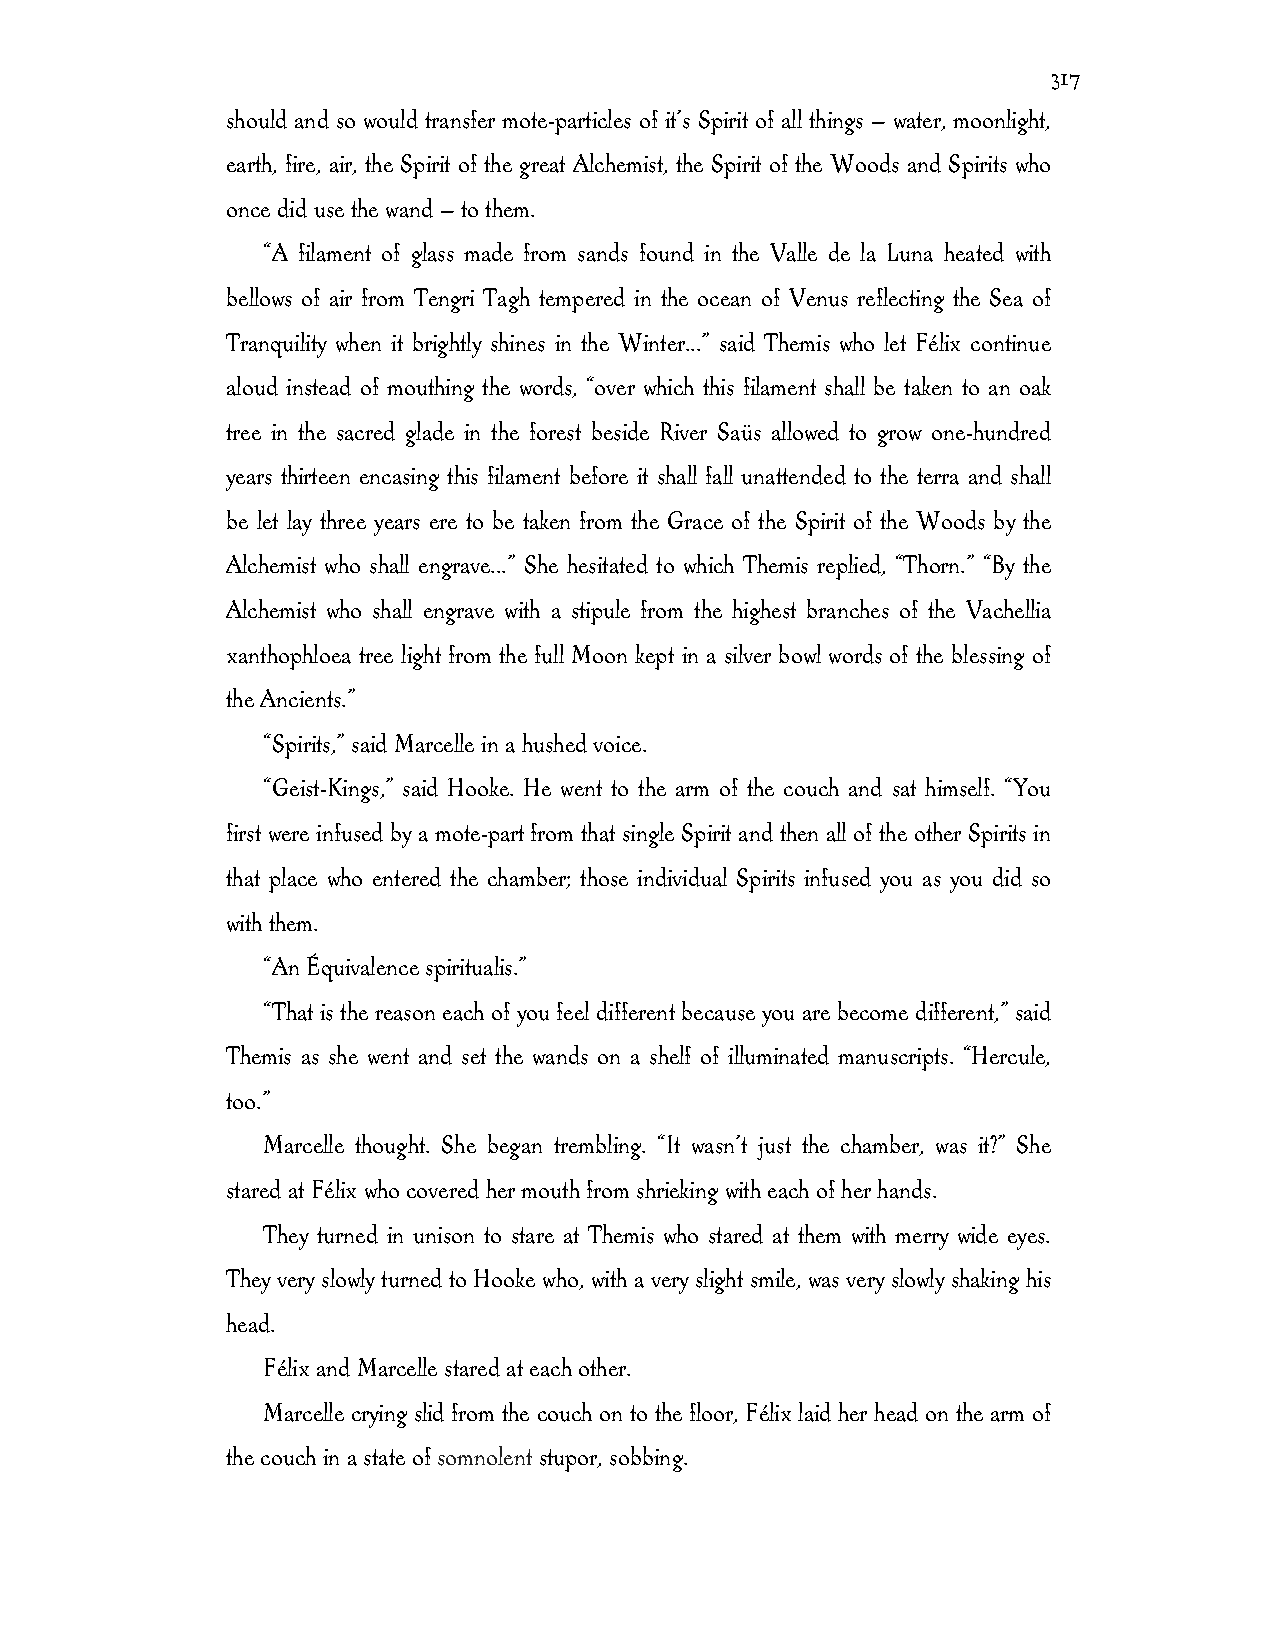
317
 should and so would transfer mote-particles of it’s Spirit of all things — water, moonlight,
 earth, fire, air, the Spirit of the great Alchemist, the Spirit of the Woods and Spirits who
 once did use the wand — to them.
 “A filament of glass made from sands found in the Valle de la Luna heated with
 bellows of air from Tengri Tagh tempered in the ocean of Venus reflecting the Sea of
 Tranquility when it brightly shines in the Winter...” said Themis who let Félix continue
 aloud instead of mouthing the words, “over which this filament shall be taken to an oak
 tree in the sacred glade in the forest beside River Saüs allowed to grow one-hundred
 years thirteen encasing this filament before it shall fall unattended to the terra and shall
 be let lay three years ere to be taken from the Grace of the Spirit of the Woods by the
 Alchemist who shall engrave...” She hesitated to which Themis replied, “Thorn.” “By the
 Alchemist who shall engrave with a stipule from the highest branches of the Vachellia
 xanthophloea tree light from the full Moon kept in a silver bowl words of the blessing of
 the Ancients.”
 “Spirits,” said Marcelle in a hushed voice.
 “Geist-Kings,” said Hooke. He went to the arm of the couch and sat himself. “You
 first were infused by a mote-part from that single Spirit and then all of the other Spirits in
 that place who entered the chamber; those individual Spirits infused you as you did so
 with them.
 “An Équivalence spiritualis.”
 “That is the reason each of you feel different because you are become different,” said
 Themis as she went and set the wands on a shelf of illuminated manuscripts. “Hercule,
 too.”
 Marcelle thought. She began trembling. “It wasn’t just the chamber, was it?” She
 stared at Félix who covered her mouth from shrieking with each of her hands.
 They turned in unison to stare at Themis who stared at them with merry wide eyes.
 They very slowly turned to Hooke who, with a very slight smile, was very slowly shaking his
 head.
 Félix and Marcelle stared at each other.
 Marcelle crying slid from the couch on to the floor, Félix laid her head on the arm of
 the couch in a state of somnolent stupor, sobbing.